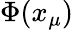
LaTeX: \Phi(x_{\mu})